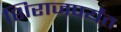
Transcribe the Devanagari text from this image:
शिराजपर्यंत